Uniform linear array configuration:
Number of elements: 4
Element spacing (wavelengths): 1
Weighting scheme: cosine
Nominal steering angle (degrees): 60
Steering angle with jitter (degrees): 61.835
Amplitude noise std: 0.05
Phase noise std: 0.05

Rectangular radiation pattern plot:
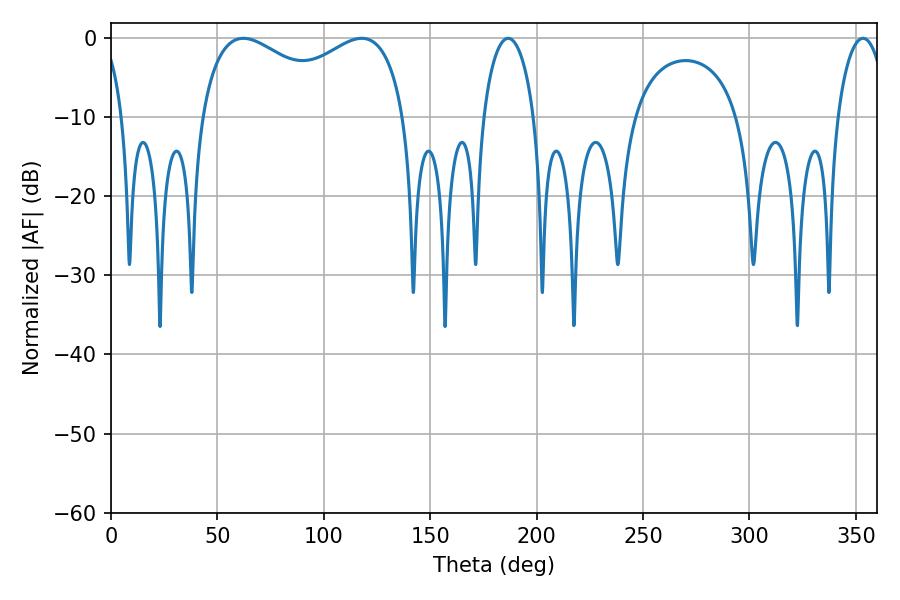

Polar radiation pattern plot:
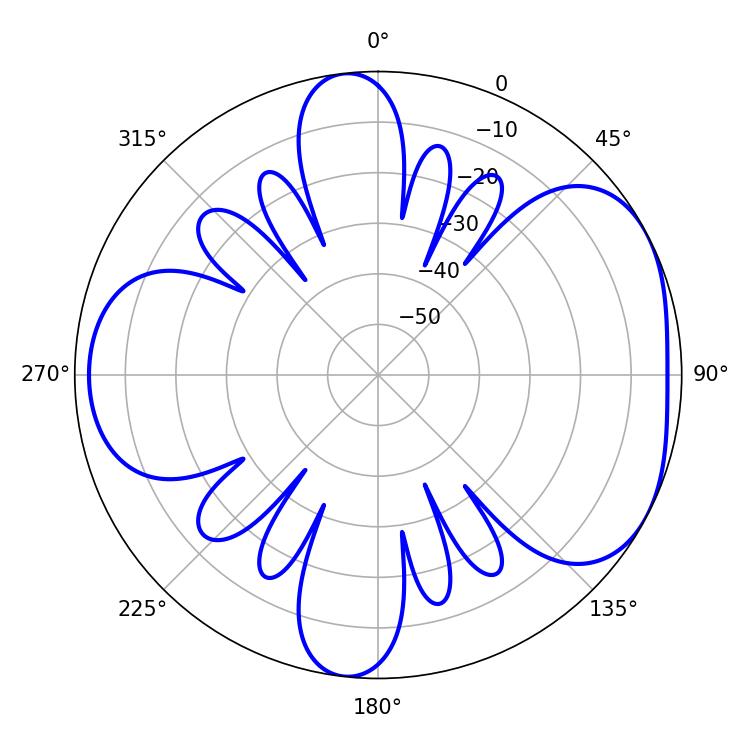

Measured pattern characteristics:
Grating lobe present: TRUE
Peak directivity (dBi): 4.831
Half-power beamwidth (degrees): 13.68
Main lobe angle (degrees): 186.66